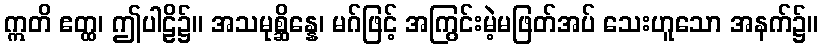
ဣတိ ဧတ္ထ၊ ဤပါဠိ၌။ အသမုစ္ဆိန္နေ၊ မဂ်ဖြင့် အကြွင်းမဲ့မဖြတ်အပ် သေးဟူသော အနက်၌။